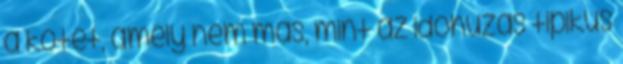
a kötet, amely nem más, mint az időhúzás tipikus